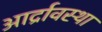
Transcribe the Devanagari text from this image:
आर्द्रावस्था